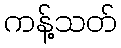
ကန့်သတ်